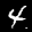
Label: 4